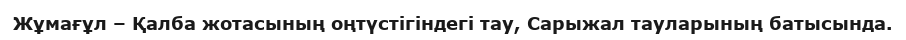
Жұмағұл – Қалба жотасының оңтүстігіндегі тау, Сарыжал тауларының батысында.